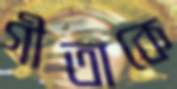
গীতাকে